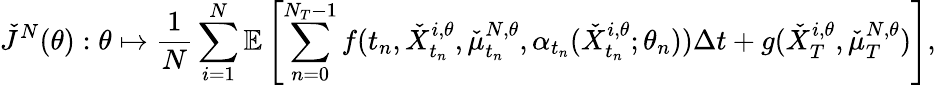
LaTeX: \check{J}^{N}(\theta):\theta\mapsto\frac{1}{N}\sum_{i=1}^{N}\mathbb{E}\left[\sum_{n=0}^{N_{T}-1}f(t_{n},\check{X}_{t_{n}}^{i,\theta},\check{\mu}_{t_{n}}^{N,\theta},\alpha_{t_{n}}(\check{X}_{t_{n}}^{i,\theta};\theta_{n}))\Delta t+g(\check{X}_{T}^{i,\theta},\check{\mu}_{T}^{N,\theta})\right],